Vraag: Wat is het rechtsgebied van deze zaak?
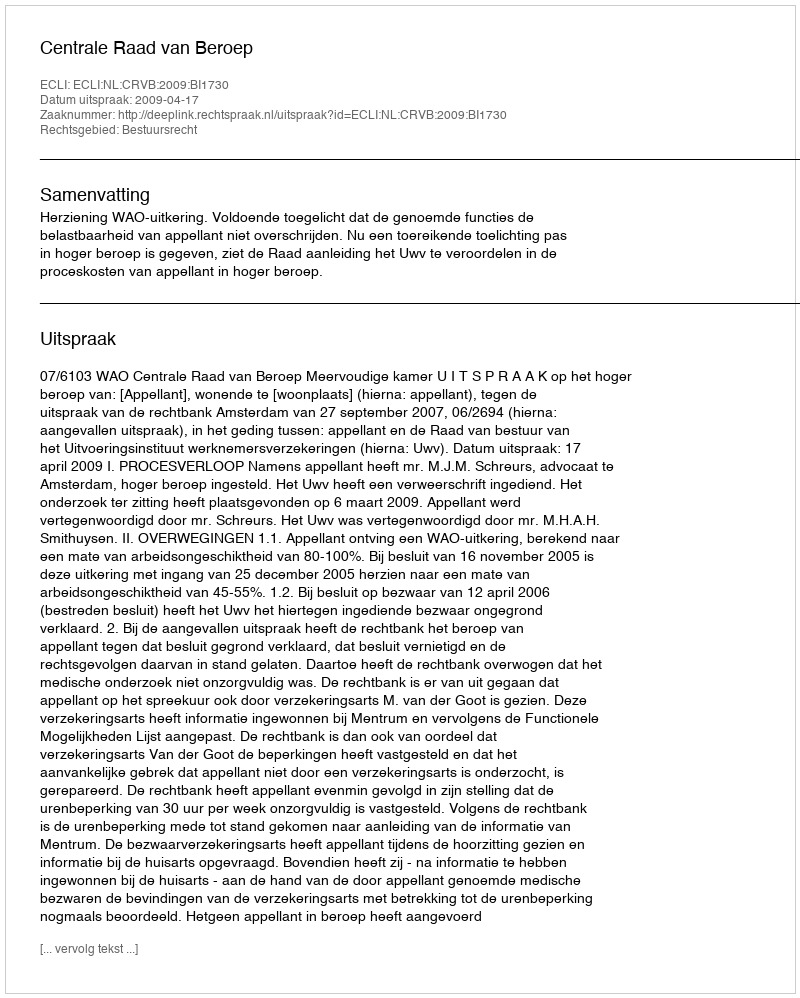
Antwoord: Bestuursrecht